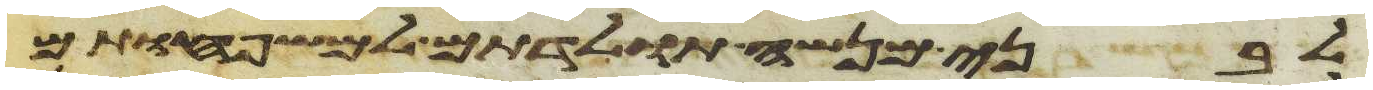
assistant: לבני מנשה תולדתם למשפחותם